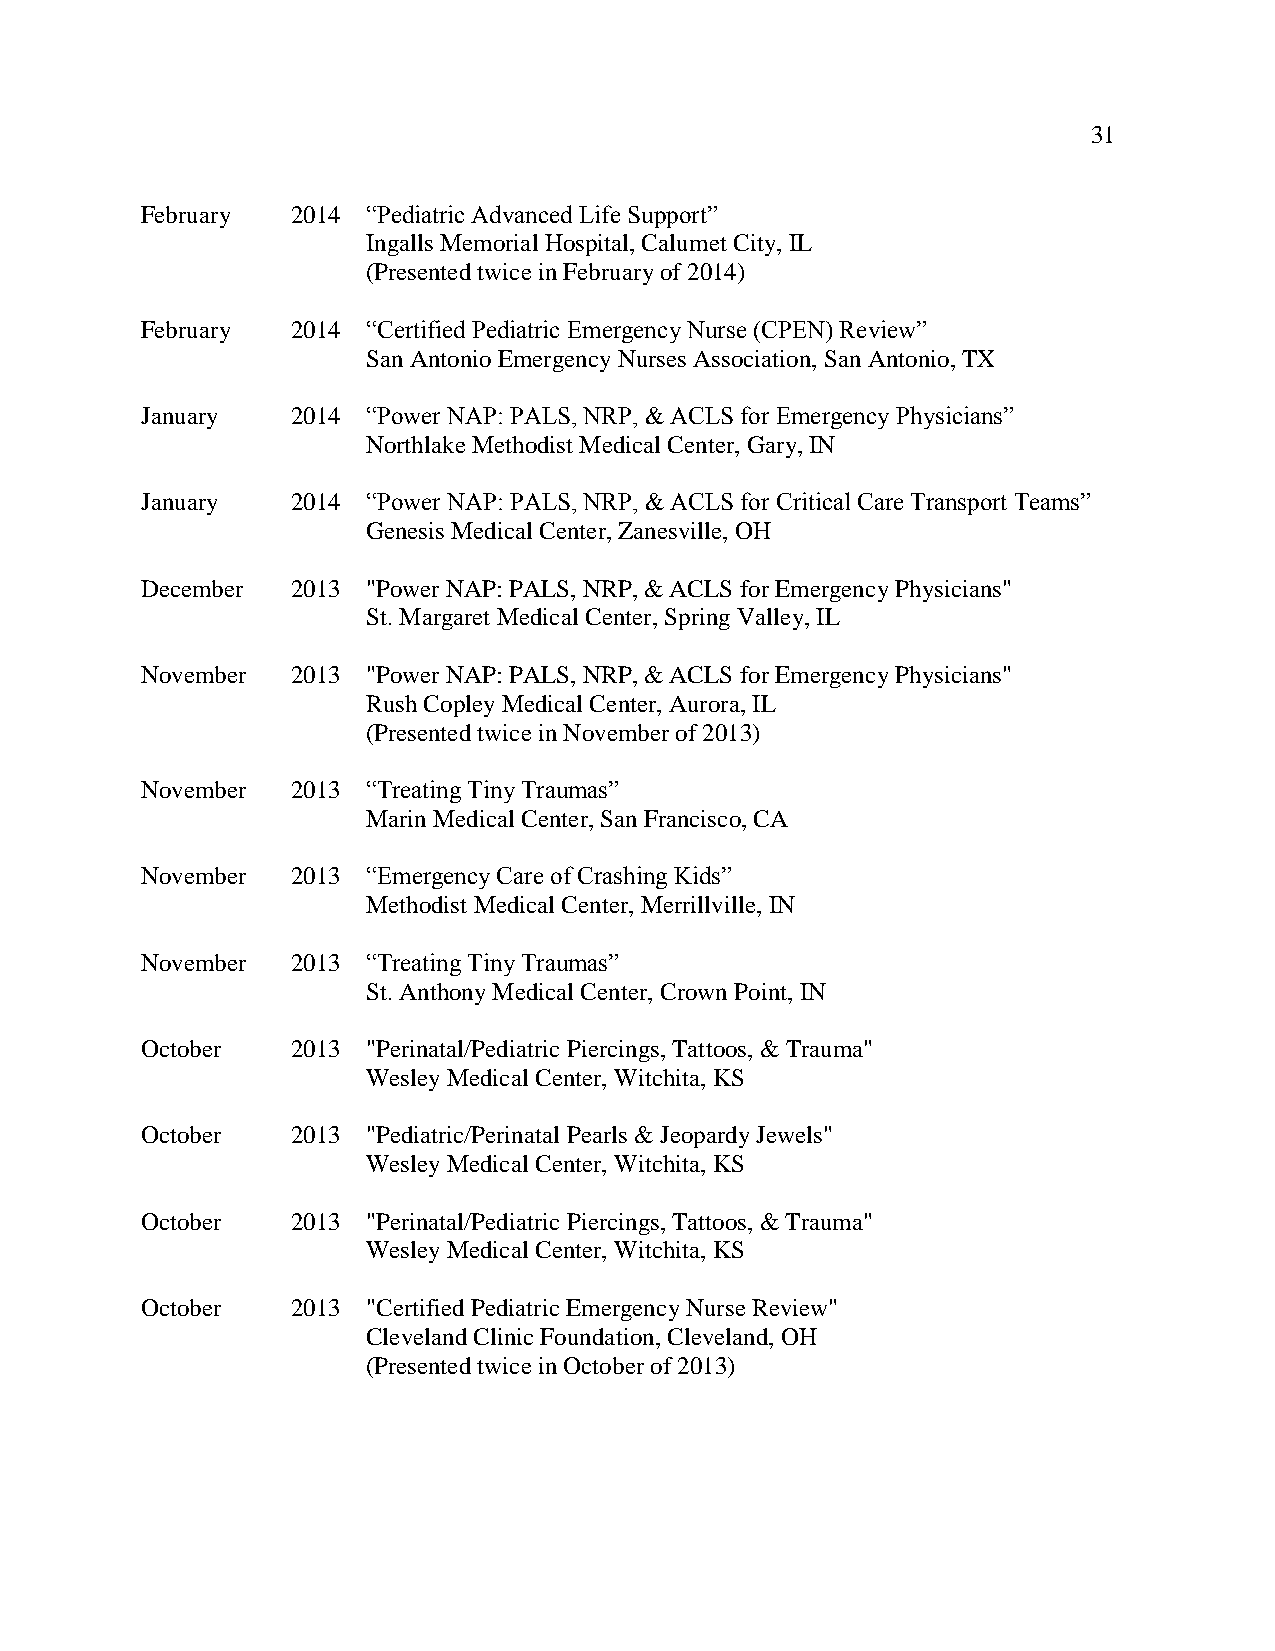
31
 February  2014 “Pediatric Advanced Life Support”
 Ingalls Memorial Hospital, Calumet City, IL
 (Presented twice in February of 2014)
 February  2014 “Certified Pediatric Emergency Nurse (CPEN) Review”
 San Antonio Emergency Nurses Association, San Antonio, TX
 January   2014 “Power NAP: PALS, NRP, & ACLS for Emergency Physicians”
 Northlake Methodist Medical Center, Gary, IN
 January   2014 “Power NAP: PALS, NRP, & ACLS for Critical Care Transport Teams”
 Genesis Medical Center, Zanesville, OH
 December  2013 "Power NAP: PALS, NRP, & ACLS for Emergency Physicians"
 St. Margaret Medical Center, Spring Valley, IL
 November  2013 "Power NAP: PALS, NRP, & ACLS for Emergency Physicians"
 Rush Copley Medical Center, Aurora, IL
 (Presented twice in November of 2013)
 November  2013 “Treating Tiny Traumas”
 Marin Medical Center, San Francisco, CA
 November  2013 “Emergency Care of Crashing Kids”
 Methodist Medical Center, Merrillville, IN
 November  2013 “Treating Tiny Traumas”
 St. Anthony Medical Center, Crown Point, IN
 October   2013 "Perinatal/Pediatric Piercings, Tattoos, & Trauma"
 Wesley Medical Center, Witchita, KS
 October   2013 "Pediatric/Perinatal Pearls & Jeopardy Jewels"
 Wesley Medical Center, Witchita, KS
 October   2013 "Perinatal/Pediatric Piercings, Tattoos, & Trauma"
 Wesley Medical Center, Witchita, KS
 October   2013 "Certified Pediatric Emergency Nurse Review"
 Cleveland Clinic Foundation, Cleveland, OH
 (Presented twice in October of 2013)